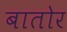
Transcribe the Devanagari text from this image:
बातोर